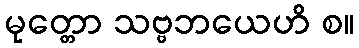
မုတ္တော သဗ္ဗဘယေဟိ စ။